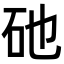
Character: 𥐨